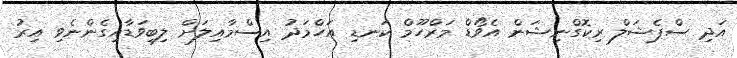
އަދި ސްޕެޝަލް ރިކޮގްނިޝަން އެވޯޑް މަރްހޫމް ކަނޑި އަހްމަދު އިސްމާއިލަށް ލިބިވަޑާއިގެންނެވި އިރު